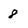
Character: 8